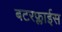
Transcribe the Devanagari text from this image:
बटरफ्लाईस